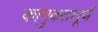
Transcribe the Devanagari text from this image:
कामुकतापूर्ण